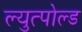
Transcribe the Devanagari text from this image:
ल्युत्पोल्ड